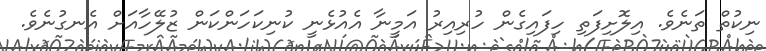
ނިކުތް ތަނެވެ. އިލޮށިފަތި ހިފައިގެން ހުރިއިރު އަމީނާ އެއުޅެނީ ކުނިކަހަންކަން ޒުލޭހާއަށް އެނގުނެވެ.